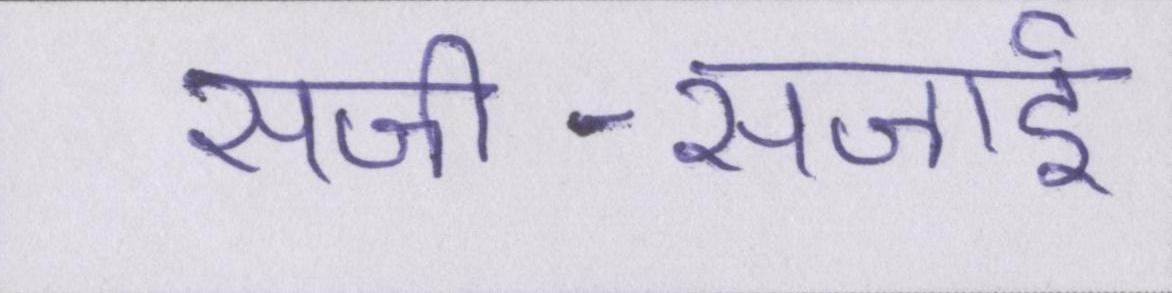
सजी-सजाई